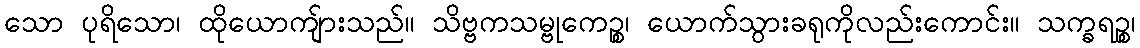
သော ပုရိသော၊ ထိုယောကျ်ားသည်။ သိဗ္ဗကသမ္ဗုကေဉ္စ၊ ယောက်သွားခရုကိုလည်းကောင်း။ သက္ခရဉ္စ၊